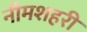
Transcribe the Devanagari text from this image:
नीमशहरी